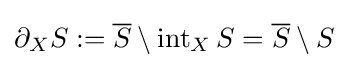
\partial _{X}S:={\overline {S}}\setminus \operatorname {int} _{X}S={\overline {S}}\setminus S